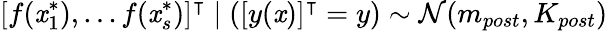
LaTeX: [f(\mathit{x}_{1}^{*}),...f(\mathit{x}_{s}^{*})]^{\intercal}\mid([y(\mathit{x})]^{\intercal}=y)\sim{\mathcal{{N}}}(m_{post},K_{post})